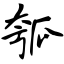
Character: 瓠